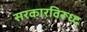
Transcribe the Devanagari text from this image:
सरकारविरूध्द